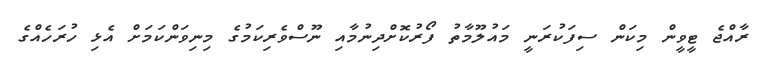
ރާއްޖެ ޓީވީން މިކަން ސިފަކުރަނީ މައުލޫމާތު ފޯރުކޮށްދިނުމާއި ނޫސްވެރިކަމުގެ މިނިވަންކަމަށް އެޅި ހުރަހެއްގެ